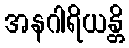
အနဂါရိယန္တိ